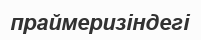
праймеризіндегі